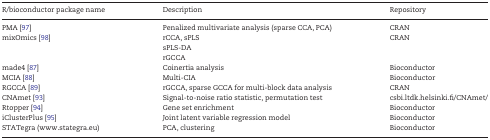
| R/bioconductor package name | Description | Repository |
 | --- | --- | --- |
 | PMA [97] | Penalized multivariate analysis (sparse CCA, PCA) | CRAN |
 | <ROWSPAN=3> mixOmics [98] | rCCA, sPLS | <ROWSPAN=3> CRAN |
 | sPLS-DA |
 | rGCCA |
 | made4 [87] | Coinertia analysis | Bioconductor |
 | MCIA [88] | Multi-CIA | Bioconductor |
 | RGCCA [89] | rGCCA, sparse GCCA for multi-block data analysis | CRAN |
 | CNAmet [93] | Signal-to-noise ratio statistic, permutation test | csbi.ltdk.helsinki.fi/CNAmet/ |
 | Rtopper [94] | Gene set enrichment | Bioconductor |
 | iClusterPlus [95] | Joint latent variable regression model | Bioconductor |
 | STATegra (www.stategra.eu) | PCA, clustering | Bioconductor |